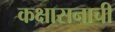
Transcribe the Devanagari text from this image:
कक्षासनाची